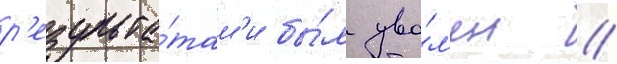
р'езульта́там'и бы́л уво́л'ен //